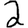
Digit: 2